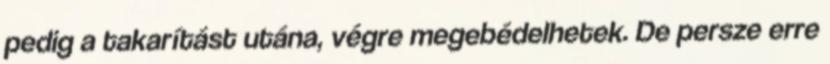
pedig a takarítást utána, végre megebédelhetek. De persze erre